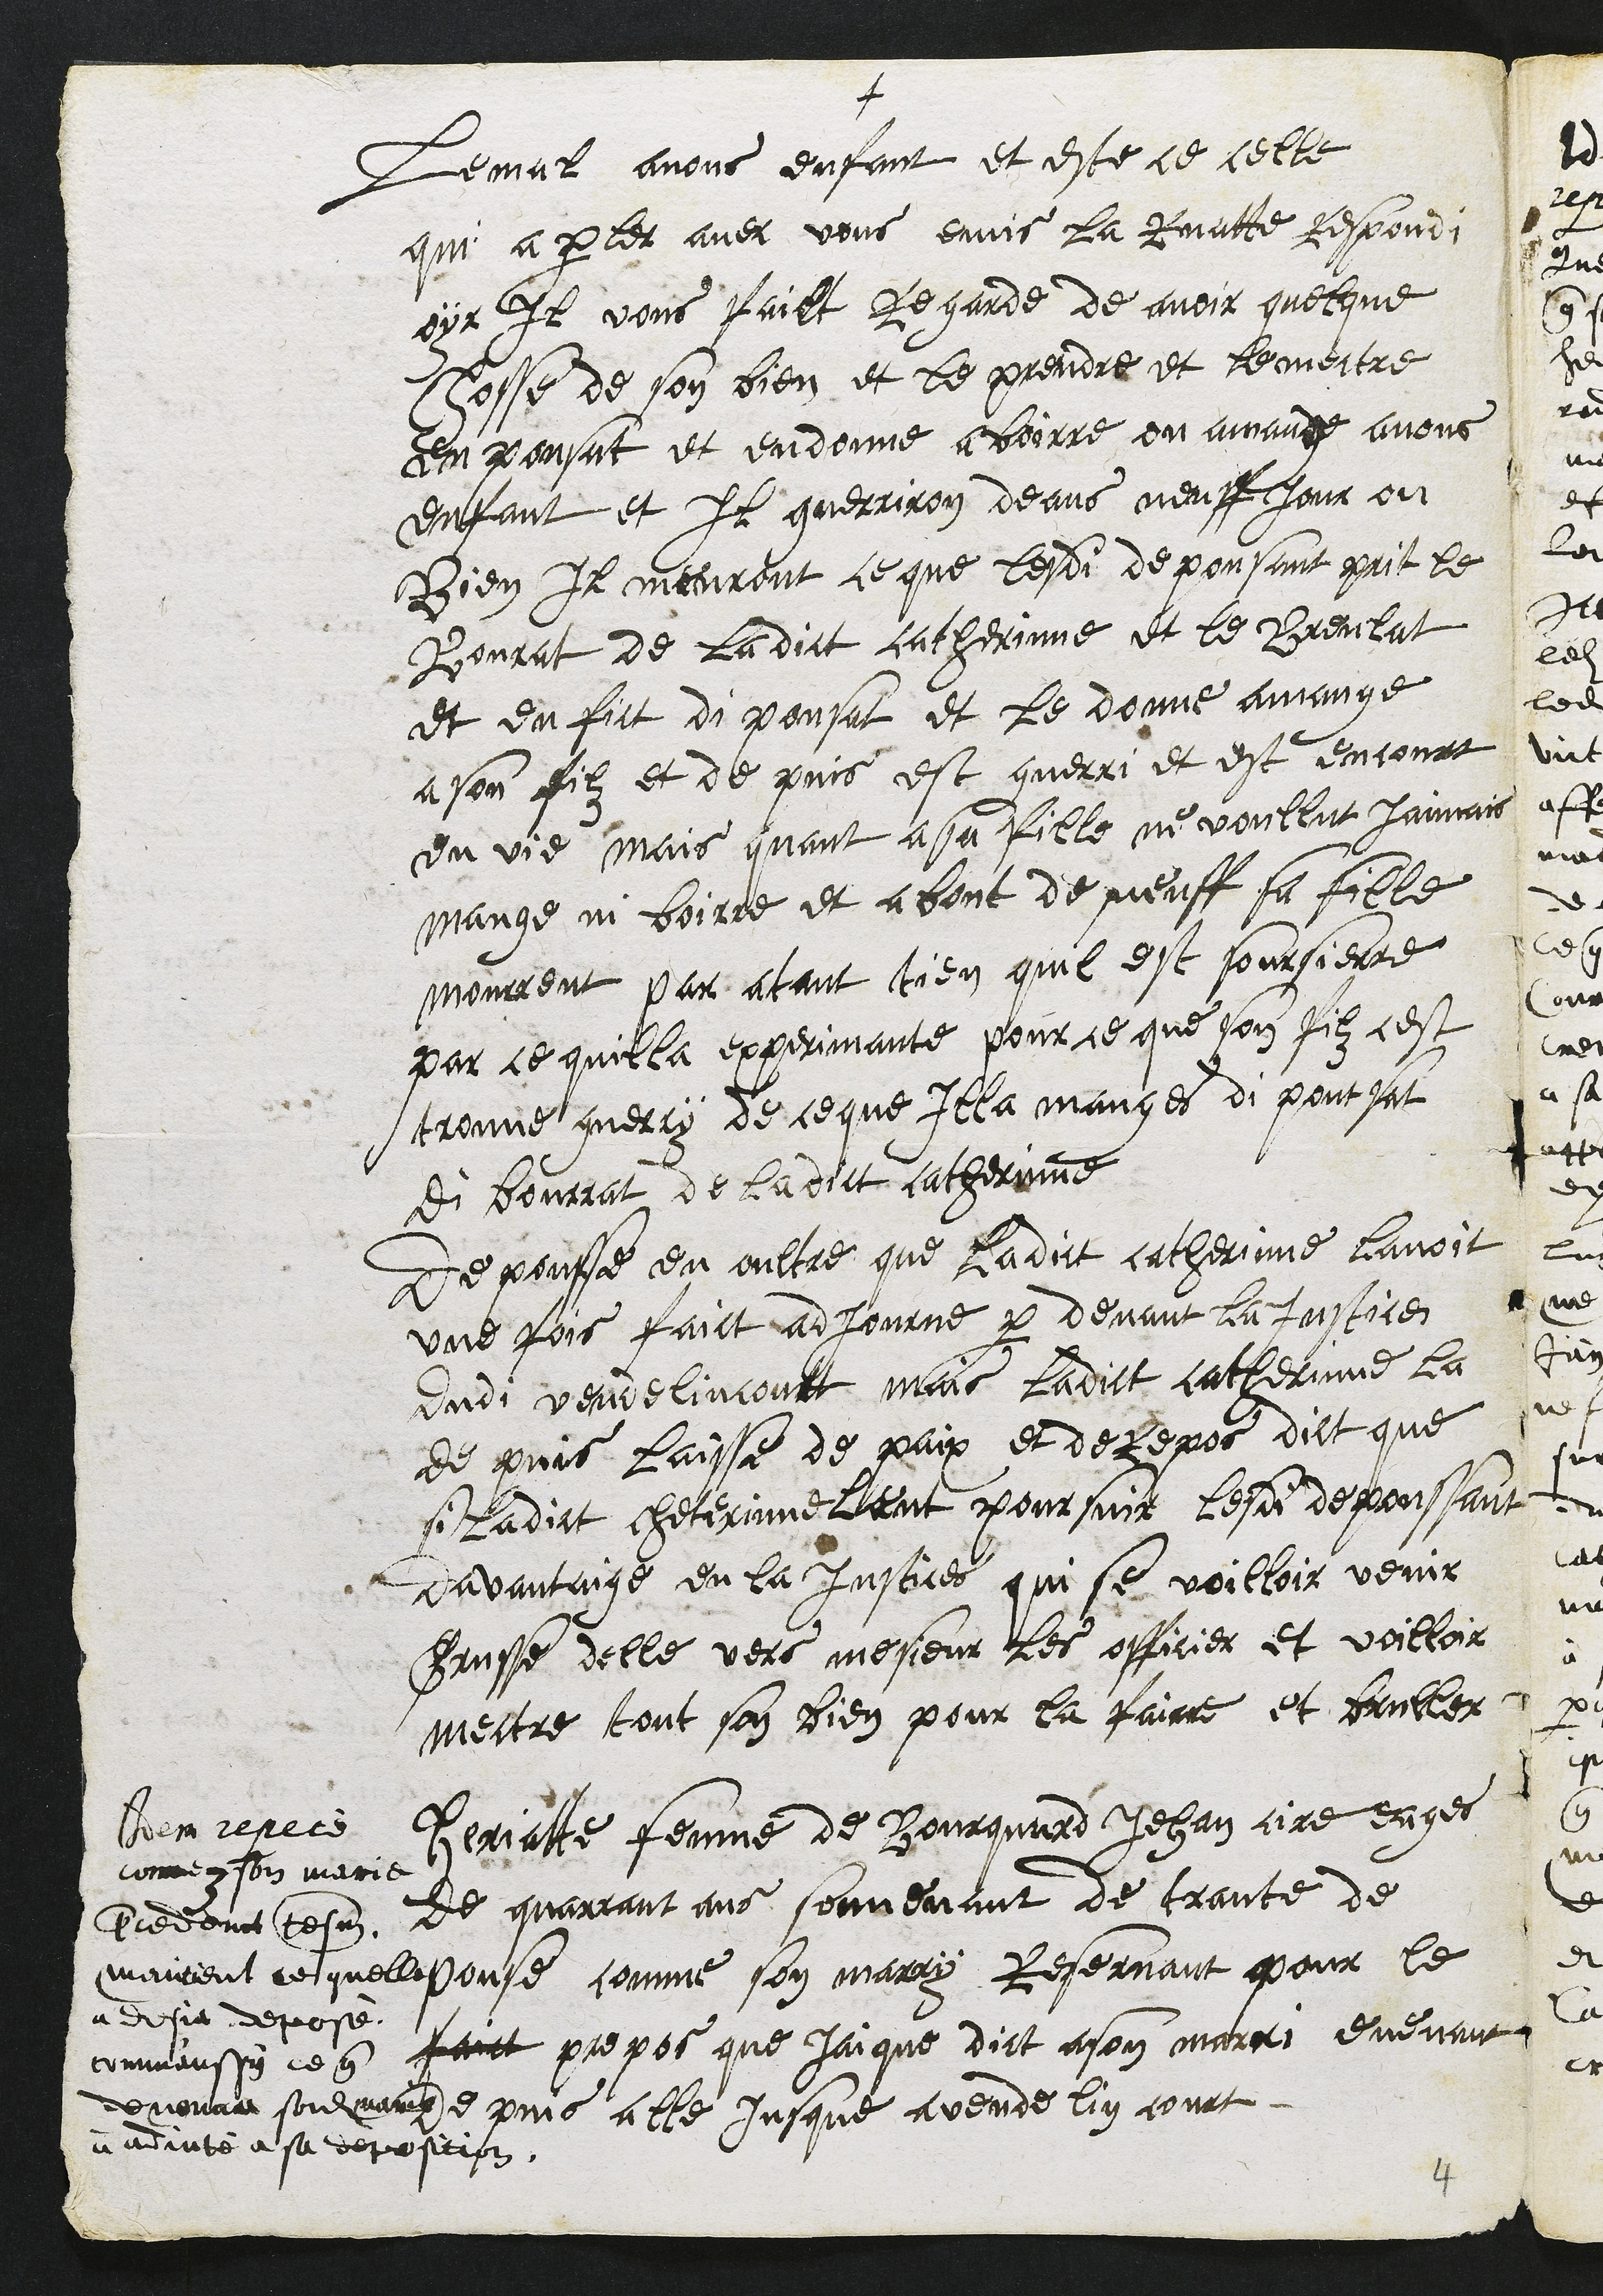
+
Le mal avous enfant et este ce celle
qui a parler avec vous envis La Ruatte respondi
oyt Il vous failt Regarde de avoir quelque
chosse de son bien et le prendre et le mettre
en ponsat et en donne a boirre ou a mange avous
enfant et Il guerriron deans neuff jour ou
Bien Il meuront, ce que lesdi depousant prit le
Bonrat de la dict catherinne et le Breulat
et en fit di pousat et le donne a mange
a son filz et de puis est guerri et est encourt
en vie mais quant a sa fille ne voullut jaimais
mange ni boire et a bout de neuff sa fille
mourrent par atant tien quil est sourcierre
par ce quilla experimante pour ce que son filz cest
trouvé guerry de ce que Illa manges di poussat
di bourrat de ladict catherinne
De pousse en oultre que ladit catherinne lavoit
une fois faict adjourne par devant la justice
dudi vendelincourt mais ladict catherinne La
de puis laisse de paix et de repos dict que
si ladict cheterinne lant poursuit lesdi depoussant
davantaige en la Justices qui se voilloir venir
Grusse delle vers mesieur les officier et voilloir
mectre tout son bien pour la fairre et bruller
3
Heriatte femme de Bourquard Jehan cire eages
de quarrant ans souvenant de trante de
pouse comme son marry Reservant pour le
faict propos que Jaique dict a son marri evenant
depuis alle jusque a vendelincourt
Idem repeté
comme son marie
precedant tesmoin
maintient ce quelle
a desja deposé
comm'aussy ce que
de novau sondit maris
a adjuté a sa deposition.
4